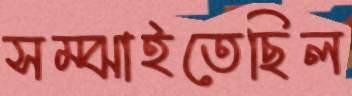
সম্‌ঝাইতেছিল